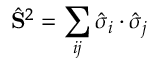
\hat { \mathbf { S } } ^ { 2 } = \sum _ { i j } \hat { \boldsymbol { \sigma } } _ { i } \cdot \hat { \boldsymbol { \sigma } } _ { j }